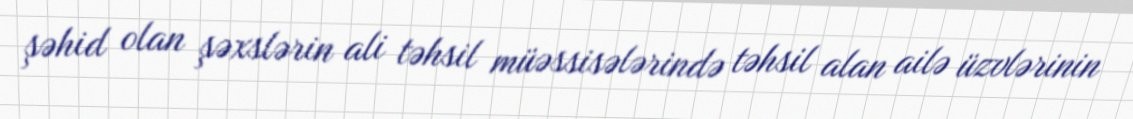
şəhid olan şəxslərin ali təhsil müəssisələrində təhsil alan ailə üzvlərinin